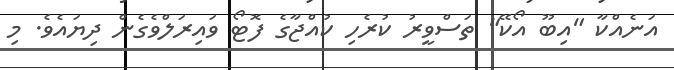
އަނެއްކާ "އިބޫ އޯކޭ" ތަސްވީރު ކުރެހި ކުއްޖާގެ ފޮޓޯ ވައިރަލްވެގެން ދިޔައެވެ. މި